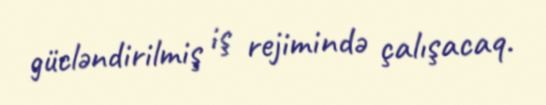
gücləndirilmiş iş rejimində çalışacaq.